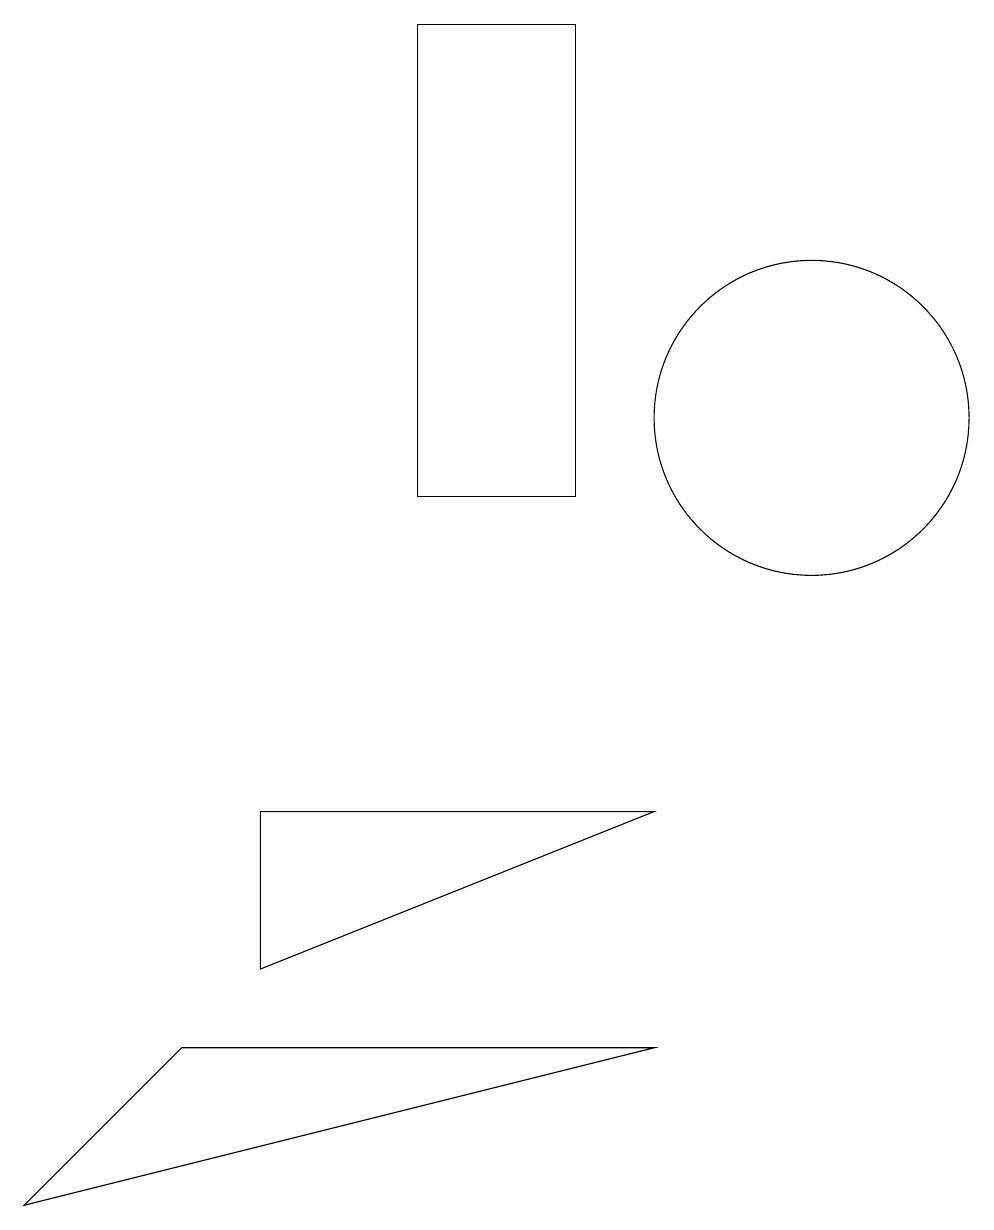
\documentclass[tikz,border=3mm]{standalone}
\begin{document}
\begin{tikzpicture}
\draw (7,10) rectangle (5,16);
\draw (2,3) -- (0,1) -- (8,3) -- cycle;
\draw (3,4) -- (3,6) -- (8,6) -- cycle;
\draw (10,11) circle (2);
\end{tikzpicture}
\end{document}